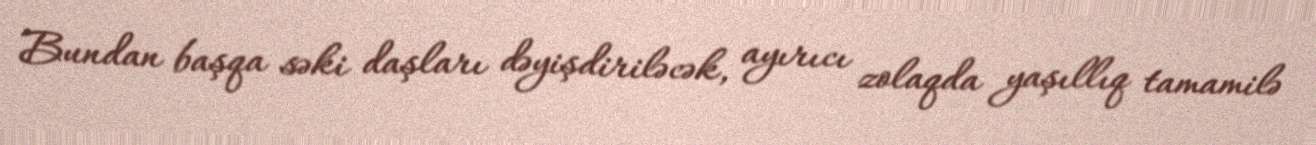
Bundan başqa səki daşları dəyişdiriləcək, ayırıcı zolaqda yaşıllıq tamamilə